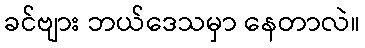
ခင်ဗျား ဘယ်ဒေသမှာ နေတာလဲ။